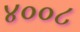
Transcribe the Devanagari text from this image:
४००८